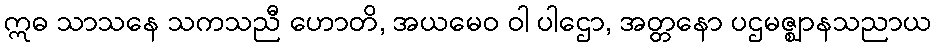
ဣဓ သာသနေ သကသညီ ဟောတိ, အယမေဝ ဝါ ပါဌော, အတ္တနော ပဌမဇ္ဈာနသညာယ